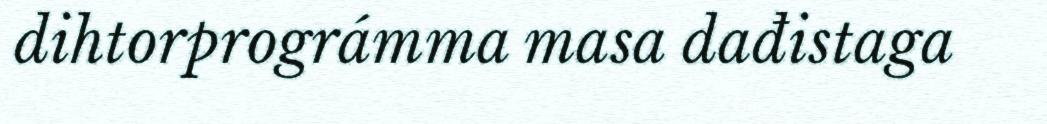
dihtorprográmma masa dađistaga